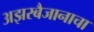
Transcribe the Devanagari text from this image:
अझरबैजानाचा